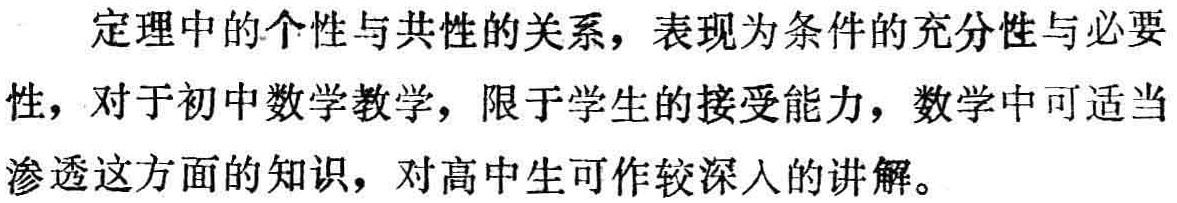
定理中的个性与共性的关系，表现为条件的充分性与必要性，对于初中数学教学，限于学生的接受能力，数学中可适当渗透这方面的知识，对高中生可作较深入的讲解。